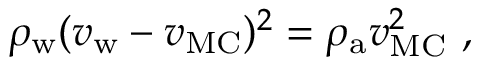
\rho _ { \mathrm { w } } ( v _ { \mathrm { w } } - v _ { \mathrm { M C } } ) ^ { 2 } = \rho _ { \mathrm { a } } v _ { \mathrm { M C } } ^ { 2 } \ ,